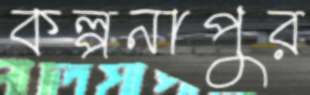
কল্পনাপুর